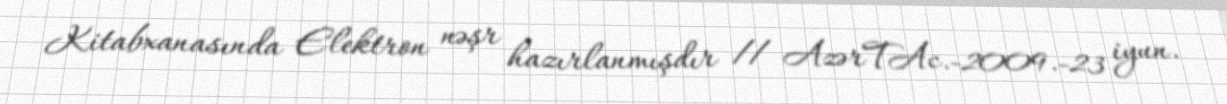
Kitabxanasında Elektron nəşr hazırlanmışdır // AzərTAc.-2009.-23 iyun.